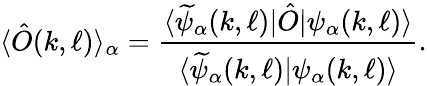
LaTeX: \langle\hat{O}(k,\ell)\rangle_{\alpha}=\frac{\langle\widetilde{\psi}_{\alpha}(k,\ell)|\hat{O}|\psi_{\alpha}(k,\ell)\rangle}{\langle\widetilde{\psi}_{\alpha}(k,\ell)|\psi_{\alpha}(k,\ell)\rangle}.